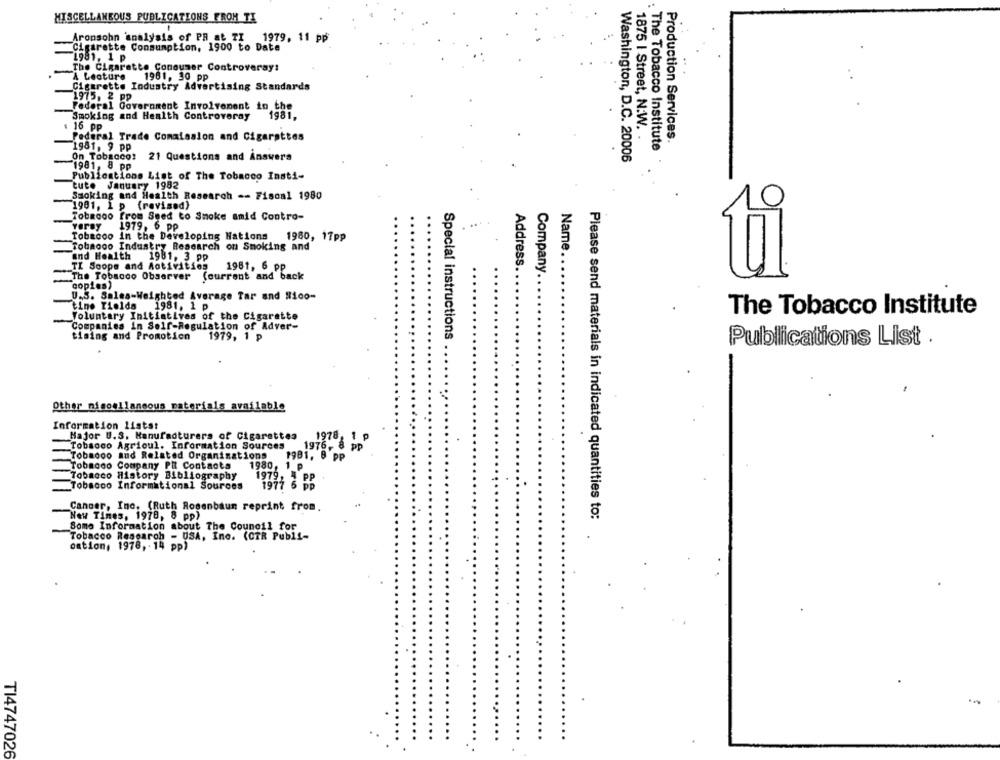
MISCELLANEOUS PUBLICATIONS FROH TI
Aronsohn 'analysis of PR at TI 1979, 11 pp
Cigarette Consumption, 1900 to Date
1981. 1 p
The Cigarette Consumer Controversy:
A Lecture
1961, 30 pp
Cigarette Industry Advertising Standards
1975, 2 pp
Federal Government Involvement in the
Smoking and Health Controveray
1981,
: 16 pp
1875 I Street, N.W.
Federal Trade Comalsslon and Cigarettes
Production Services.
1981, 9 pp
The Tobacco Institute
On Tobacco: 21 Questions and Answers
Washington, D.C. 20006
1981, 8 pp
Publications List of The Tobacco Insti-
tute January 1982
Smoking and Health Research -- Fiscal 1980
1901, 1 p (revised)
O
Tobacco From Sned to Smoke amid Contro-
veray
1979, 6 PP
Tobacco in the Developing Hations 1980, 17pp
Tobaooo Industry Research on Smoking and
Name.
and Health
1981, 3 pp
TI Soops and Activities
1981, 6 pp
Address.
Company.
The Tobacco Observer (current and back
copies)
U.S. Sales-Weighted Average Tar and #ico-
time Fields
1981, 1 p
The Tobacco Institute
Voluntary Initiatives of the Cigarette
Companies in Self-Regulation of Adver-
Special instructions
tising and Promotion
1979, 1 p
Publications List .
Other miscellaneous materials available
Information lists:
Major U.S. Manufacturers of Cigarettes
1978,
Tobacco Agricul. Information Sources
1976, 8 PP
Tobacco and Related Organisations
19B1, B PP
Tobacco Company PR Contacts
1980, 1 P
Tobacco History Bibliography
1979,
PP
Tobacco Informational Sources
1977 6 pp
Cancer, Inc. (Ruth Rosenbaum reprint from.
New Times, 1978, 8 pp)
Please send materials in indicated quantities to:
Some Information about The Council for
Tobacco Research - USA, Inc. (CTR Publi-
oation, 1978, 14 pp)
TI4747026